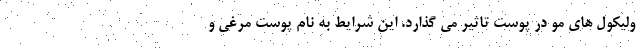
ولیکول های مو در پوست تاثیر می گذارد. این شرایط به نام پوست مرغی و